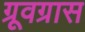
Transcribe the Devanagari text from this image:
ग्रूवग्रास